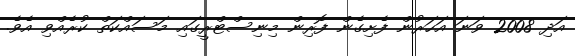
އަދި 2008 ވަނަ އަހަރުން ފެށިގެން ފޮރިން މިނިސްޓްރީގައި މަސައްކަތް ކުރެއްވި އެވެ.